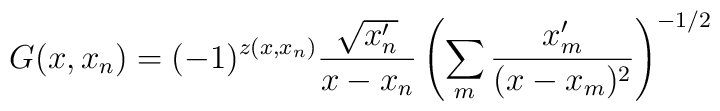
G(x,x_n) = (-1)^{z(x,x_n)} \frac{\sqrt{x^\prime_n}}{x-x_n}\left(\sum_m \frac{x^\prime_m}{(x-x_m)^2}\right)^{-1/2}